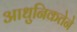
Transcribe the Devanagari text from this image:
आधुनिकतेने